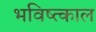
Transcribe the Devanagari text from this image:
भविष्त्काल